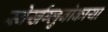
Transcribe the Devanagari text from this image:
स्वेर्खग्लुबोकाया